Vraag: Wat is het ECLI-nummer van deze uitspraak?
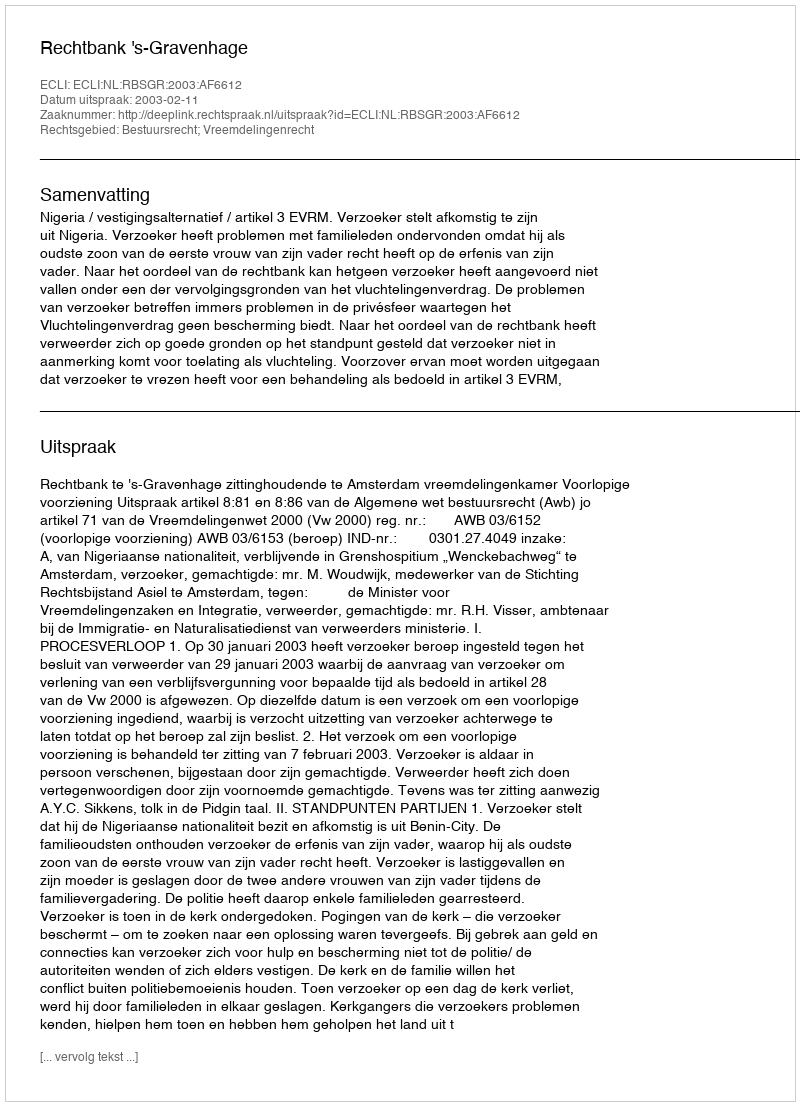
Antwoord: ECLI:NL:RBSGR:2003:AF6612